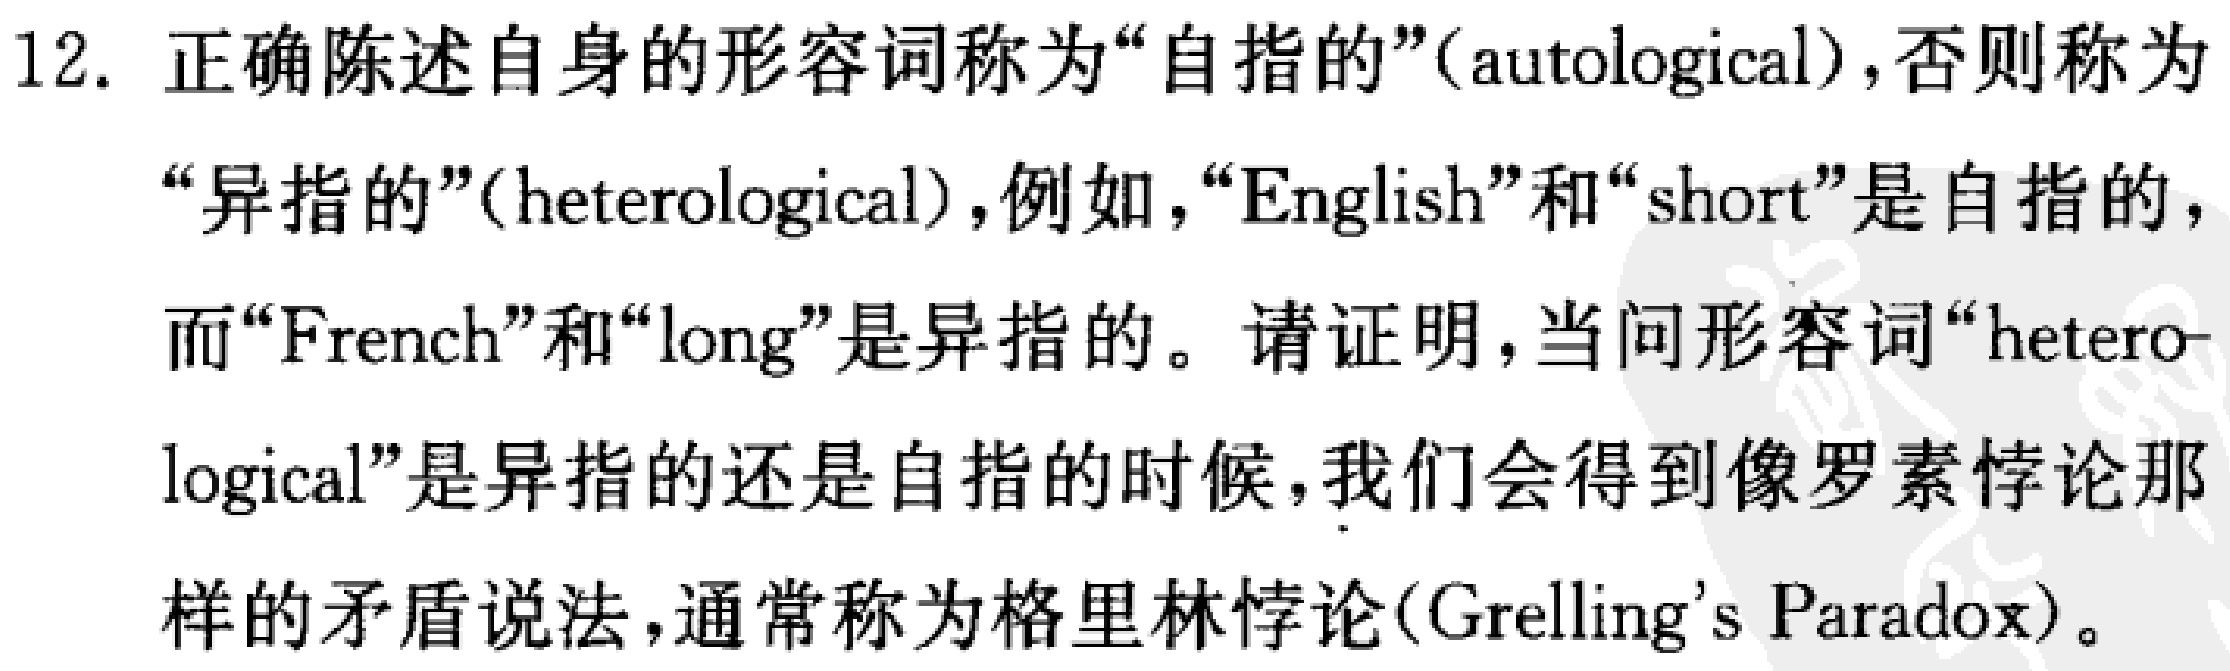
12. 正确陈述自身的形容词称为“自指的”(autological)，否则称为“异指的”(heterological)，例如，“English”和“short”是自指的，而“French”和“long”是异指的。请证明，当问形容词“heterological”是异指的还是自指的时候，我们会得到像罗素悖论那样的矛盾说法，通常称为格里林悖论(Grelling’s Paradox)。